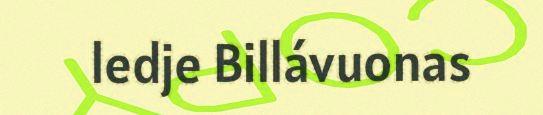
ledje Billávuonas